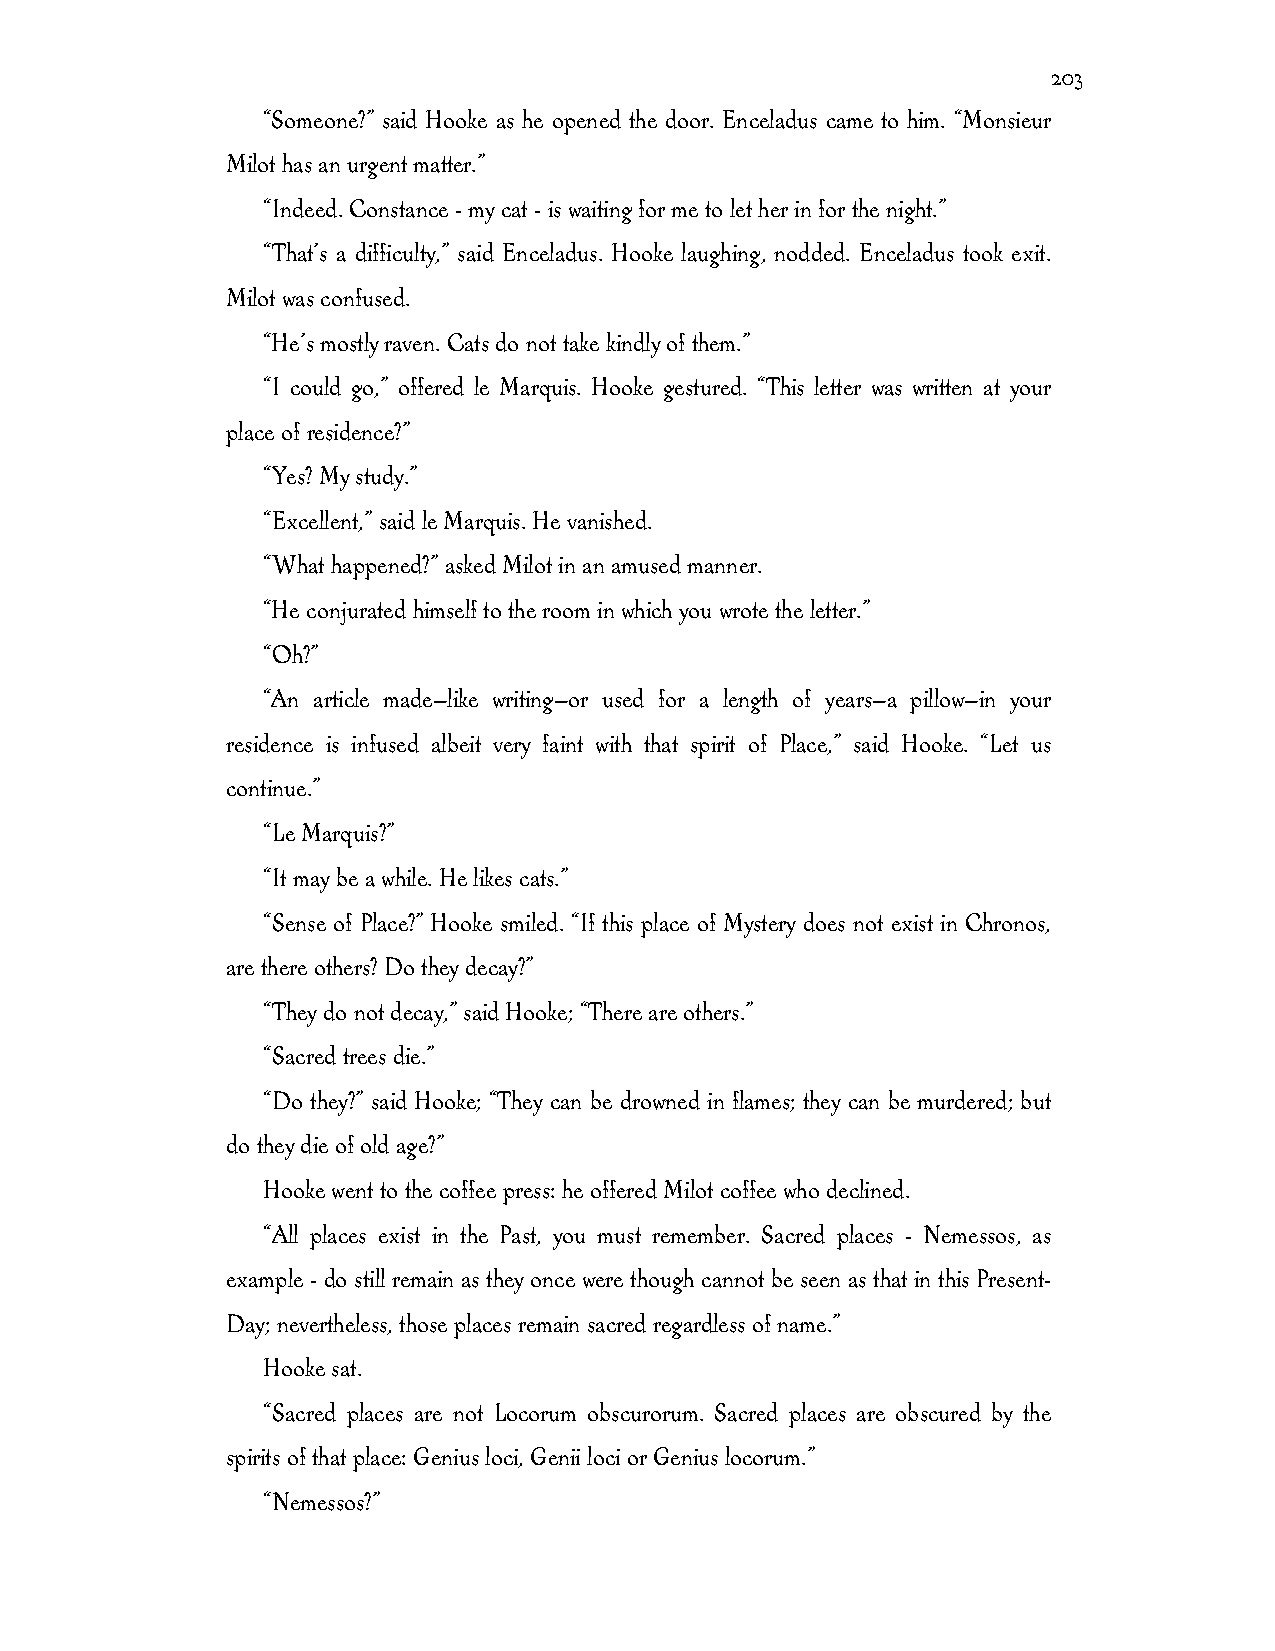
203
 “Someone?” said Hooke as he opened the door. Enceladus came to him. “Monsieur
 Milot has an urgent matter.”
 “Indeed. Constance - my cat - is waiting for me to let her in for the night.”
 “That’s a difficulty,” said Enceladus. Hooke laughing, nodded. Enceladus took exit.
 Milot was confused.
 “He’s mostly raven. Cats do not take kindly of them.”
 “I could go,” offered le Marquis. Hooke gestured. “This letter was written at your
 place of residence?”
 “Yes? My study.”
 “Excellent,” said le Marquis. He vanished.
 “What happened?” asked Milot in an amused manner.
 “He conjurated himself to the room in which you wrote the letter.”
 “Oh?”
 “An article made—like writing—or used for a length of years—a pillow—in your
 residence is infused albeit very faint with that spirit of Place,” said Hooke. “Let us
 continue.”
 “Le Marquis?”
 “It may be a while. He likes cats.”
 “Sense of Place?” Hooke smiled. “If this place of Mystery does not exist in Chronos,
 are there others? Do they decay?”
 “They do not decay,” said Hooke; “There are others.”
 “Sacred trees die.”
 “Do they?” said Hooke; “They can be drowned in flames; they can be murdered; but
 do they die of old age?”
 Hooke went to the coffee press: he offered Milot coffee who declined.
 “All places exist in the Past, you must remember. Sacred places - Nemessos, as
 example - do still remain as they once were though cannot be seen as that in this Present-
 Day; nevertheless, those places remain sacred regardless of name.”
 Hooke sat.
 “Sacred places are not Locorum obscurorum. Sacred places are obscured by the
 spirits of that place: Genius loci, Genii loci or Genius locorum.”
 “Nemessos?”